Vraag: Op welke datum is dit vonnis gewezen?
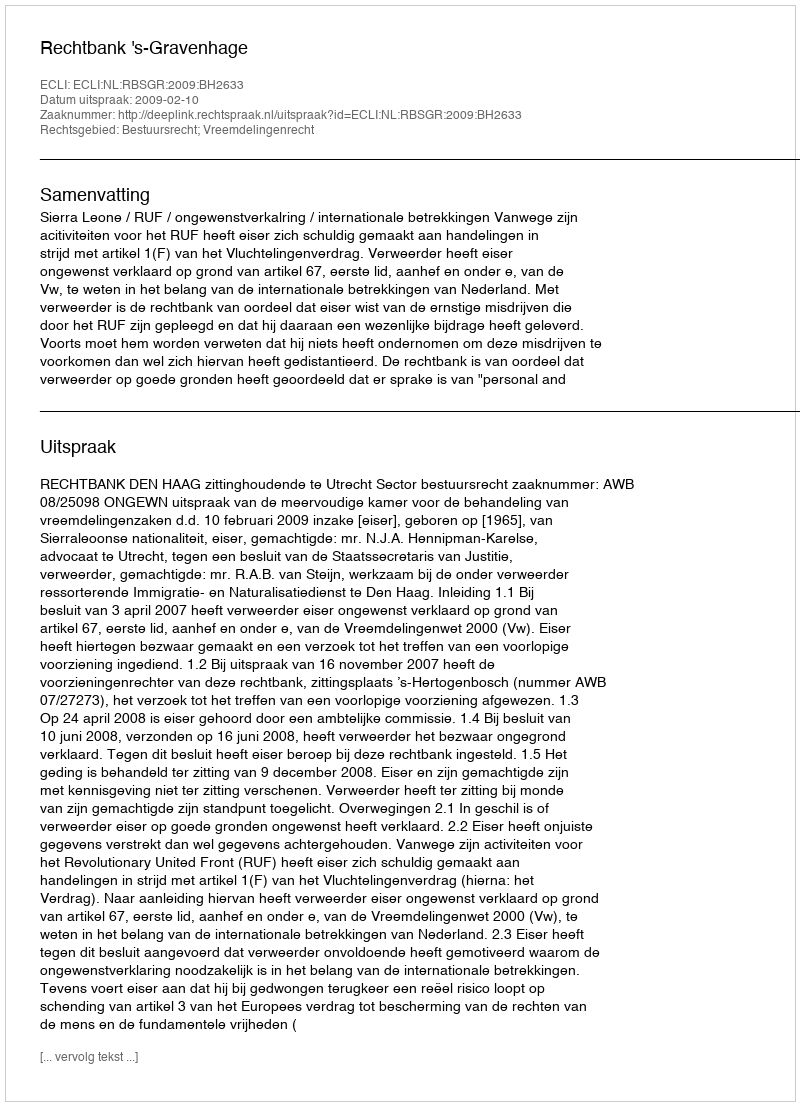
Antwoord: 2009-02-10